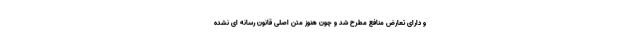
و دارای تعارض منافع مطرح شد و چون هنوز متن اصلی قانون رسانه ای نشده